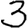
Digit: 3